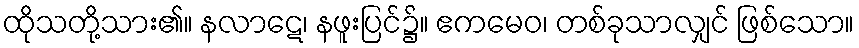
ထိုသတို့သား၏။ နလာဋေ၊ နဖူးပြင်၌။ ဧကမေဝ၊ တစ်ခုသာလျှင် ဖြစ်သော။